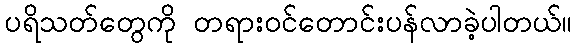
ပရိသတ်တွေကို တရားဝင်တောင်းပန်လာခဲ့ပါတယ်။